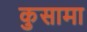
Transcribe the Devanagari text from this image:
कुसामा